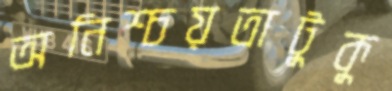
অনিশ্চয়তাটুকু